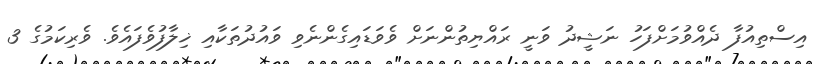
އިސްތިއުފާ ދެއްވުމަށްފަހު ނަޝީދު ވަނީ ރައްޔިތުންނަށް ވެވަޑައިގެންނެވި ވައުދުތަކާއި ޚިލާފުވެފައެވެ. ވެރިކަމުގެ 3